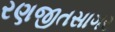
રણજીતસાગર